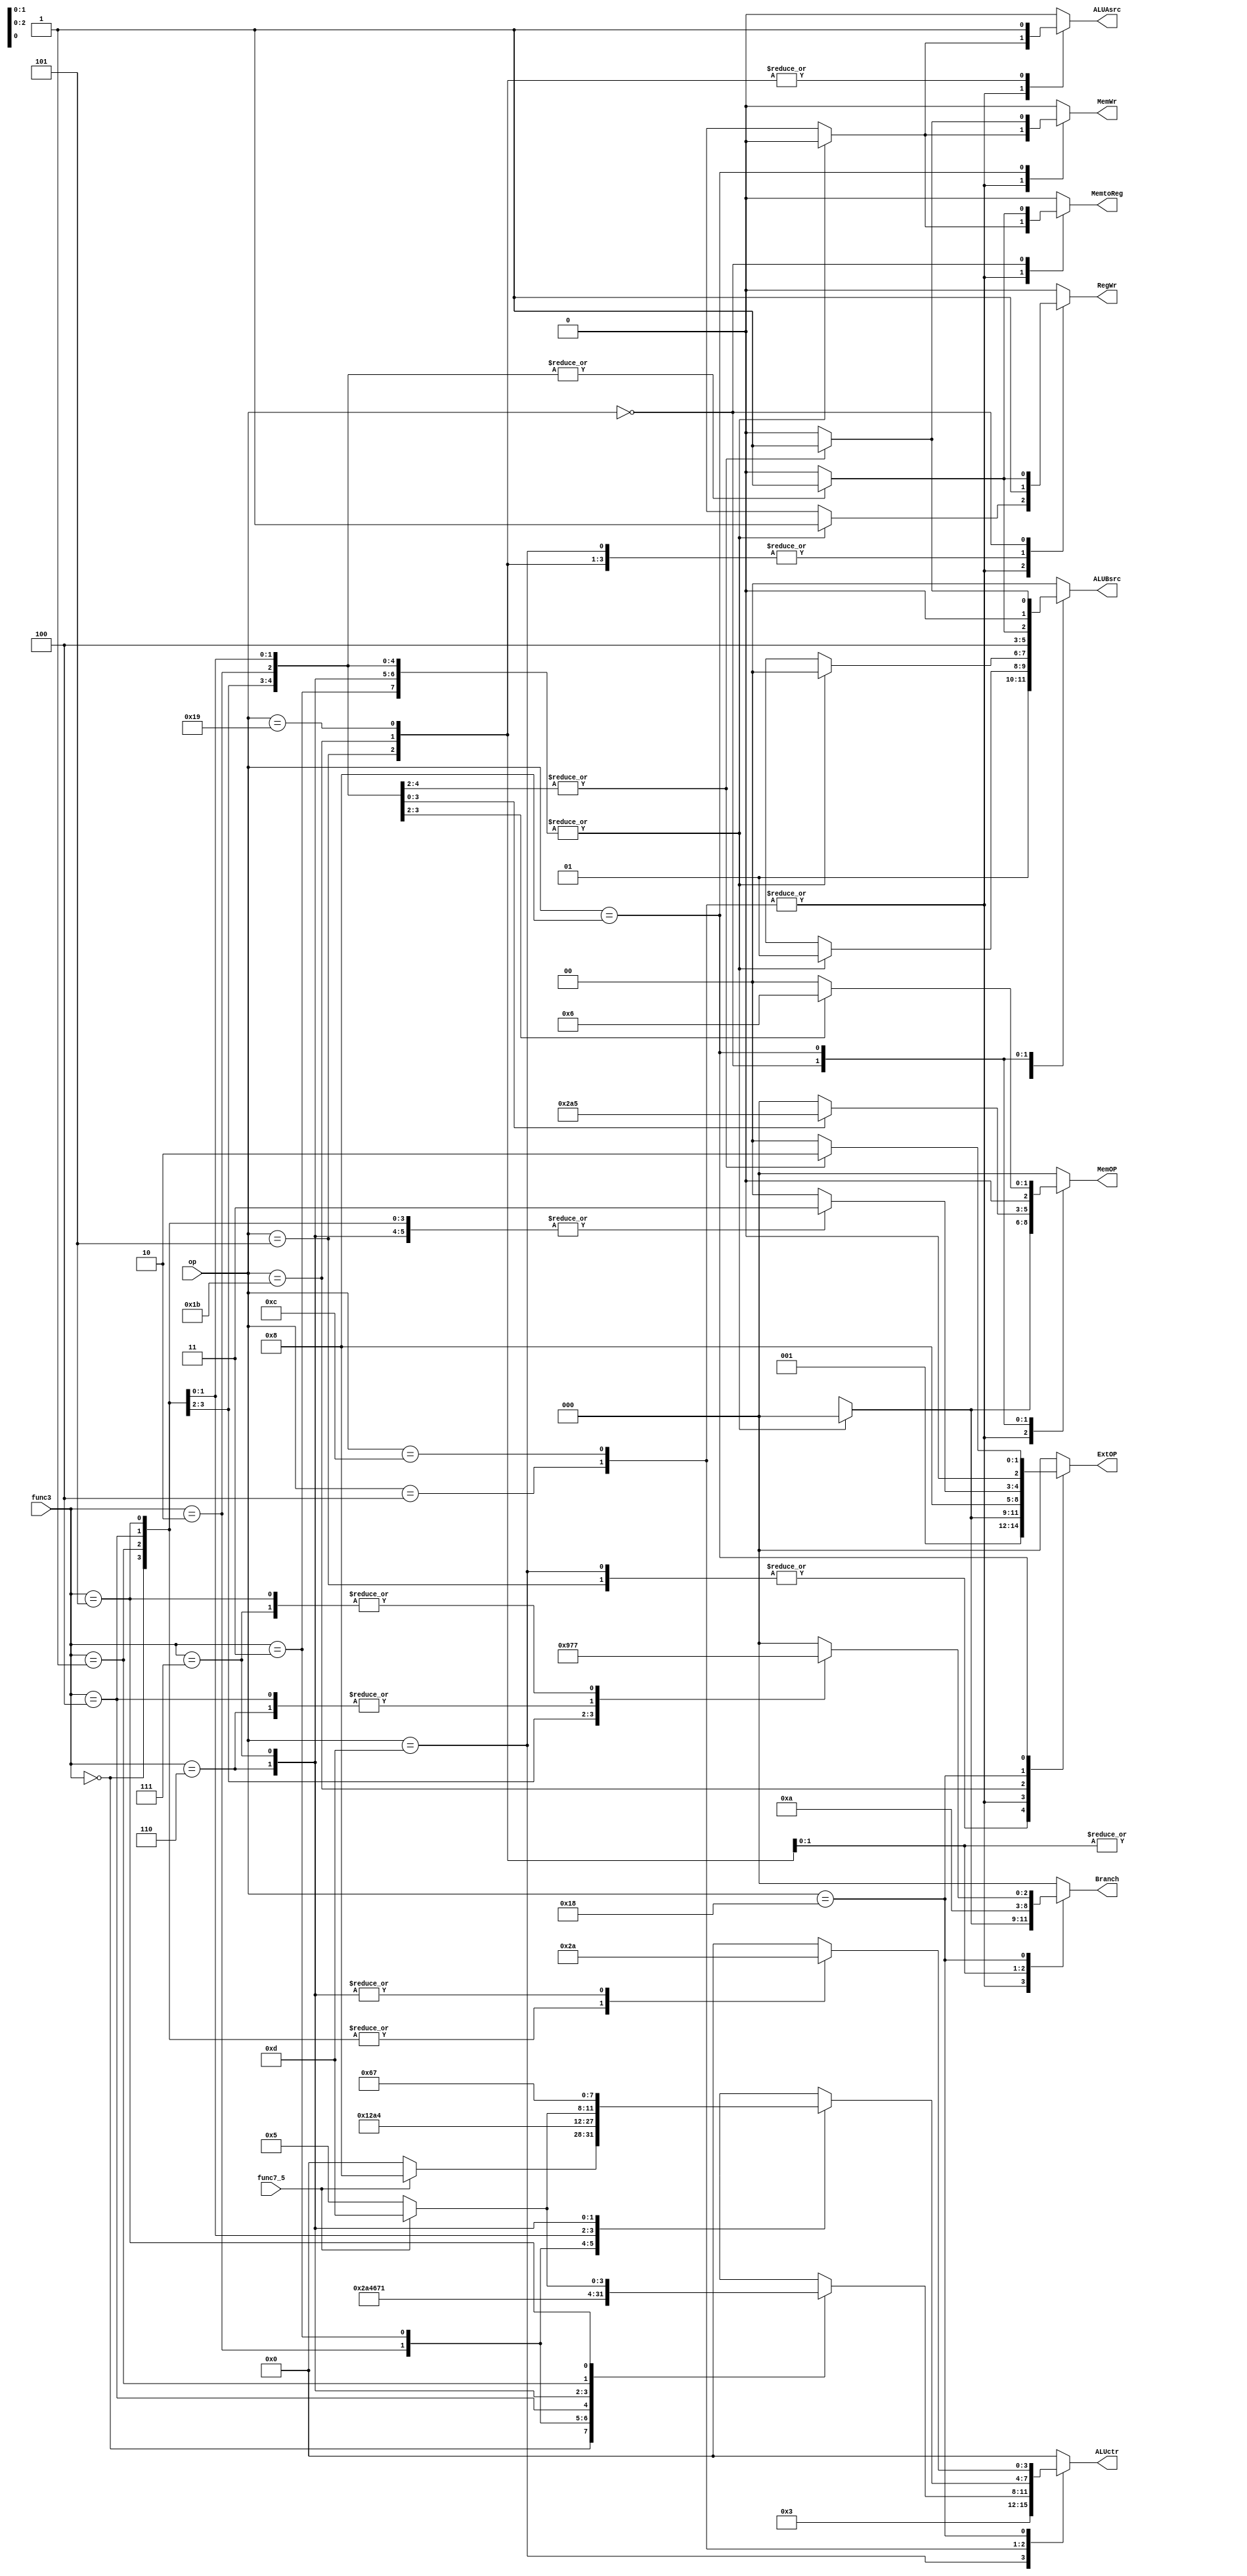
`timescale 1ns / 1ps
//////////////////////////////////////////////////////////////////////////////////
// Company: 
// Engineer: 
// 
// Design Name: 
// Module Name: control
// Project Name: 
// Target Devices: 
// Tool Versions: 
// Description: 
// 
// Dependencies: 
// 
// Revision:
// Revision 0.01 - File Created
// Additional Comments:
// 
//////////////////////////////////////////////////////////////////////////////////


module control(
    input [4:0]op,
    input [2:0]func3,
    input func7_5,
    output reg [2:0]ExtOP,
    output reg RegWr,
    output reg [2:0]Branch,
    output reg MemtoReg,
    output reg MemWr,
    output reg [2:0]MemOP,
    output reg ALUAsrc,
    output reg[1:0]ALUBsrc,
    output reg[3:0]ALUctr
    );
    
    always @ (*)begin
        case(op)
            5'b01101:begin 
                ExtOP = 3'b001;
                RegWr = 1;
                Branch = 3'b000;
                MemtoReg = 0;
                MemWr = 0;
                MemOP = 3'b000;
                ALUAsrc = 0;
                ALUBsrc = 2'b01;
                ALUctr = 4'b0011;
            end
            5'b00101:begin 
                ExtOP = 3'b001;
                RegWr = 1;
                Branch = 3'b000;
                MemtoReg = 0;
                MemWr = 0;
                MemOP = 3'b000;
                ALUAsrc = 1;
                ALUBsrc = 2'b01;
                ALUctr = 4'b0000;
            end
            5'b00100:begin 
                case(func3)
                    3'b000:begin
                        ExtOP = 3'b000;
                        RegWr = 1;
                        Branch = 3'b000;
                        MemtoReg = 0;
                        MemWr = 0;
                        MemOP = 3'b000;
                        ALUAsrc = 0;
                        ALUBsrc = 2'b01;
                        ALUctr = 4'b0000;
                    end
                    3'b010:begin
                        ExtOP = 3'b000;
                        RegWr = 1;
                        Branch = 3'b000;
                        MemtoReg = 0;
                        MemWr = 0;
                        MemOP = 3'b000;
                        ALUAsrc = 0;
                        ALUBsrc = 2'b01;
                        ALUctr = 4'b0010;
                    end
                    3'b011:begin
                        ExtOP = 3'b000;
                        RegWr = 1;
                        Branch = 3'b000;
                        MemtoReg = 0;
                        MemWr = 0;
                        MemOP = 3'b000;
                        ALUAsrc = 0;
                        ALUBsrc = 2'b01;
                        ALUctr = 4'b1010;
                    end
                    3'b100:begin
                        ExtOP = 3'b000;
                        RegWr = 1;
                        Branch = 3'b000;
                        MemtoReg = 0;
                        MemWr = 0;
                        MemOP = 3'b000;
                        ALUAsrc = 0;
                        ALUBsrc = 2'b01;
                        ALUctr = 4'b0100;
                    end
                    3'b110:begin
                        ExtOP = 3'b000;
                        RegWr = 1;
                        Branch = 3'b000;
                        MemtoReg = 0;
                        MemWr = 0;
                        MemOP = 3'b000;
                        ALUAsrc = 0;
                        ALUBsrc = 2'b01;
                        ALUctr = 4'b0110;
                    end
                    3'b111:begin
                        ExtOP = 3'b000;
                        RegWr = 1;
                        Branch = 3'b000;
                        MemtoReg = 0;
                        MemWr = 0;
                        MemOP = 3'b000;
                        ALUAsrc = 0;
                        ALUBsrc = 2'b01;
                        ALUctr = 4'b0111;
                    end
                    3'b001:begin
                        ExtOP = 3'b000;
                        RegWr = 1;
                        Branch = 3'b000;
                        MemtoReg = 0;
                        MemWr = 0;
                        MemOP = 3'b000;
                        ALUAsrc = 0;
                        ALUBsrc = 2'b01;
                        ALUctr = 4'b0001;
                    end
                    3'b101:begin
                        ExtOP = 3'b000;
                        RegWr = 1;
                        Branch = 3'b000;
                        MemtoReg = 0;
                        MemWr = 0;
                        MemOP = 3'b000;
                        ALUAsrc = 0;
                        ALUBsrc = 2'b01;
                        ALUctr = func7_5 ? 4'b1101 : 4'b0101;
                    end
                    default: begin
                        ExtOP = 3'b000;
                        RegWr = 0;
                        Branch = 3'b000;
                        MemtoReg = 0;
                        MemWr = 0;
                        MemOP = 3'b000;
                        ALUAsrc = 0;
                        ALUBsrc = 2'b00;
                        ALUctr = 4'b0000;
                    end
                endcase 
            end
            5'b01100:begin 
                case(func3)
                    3'b000:begin
                        ExtOP = 3'b000;
                        RegWr = 1;
                        Branch = 3'b000;
                        MemtoReg = 0;
                        MemWr = 0;
                        MemOP = 3'b000;
                        ALUAsrc = 0;
                        ALUBsrc = 2'b00;
                        ALUctr = func7_5 ? 4'b1000 : 4'b0000;
                    end
                    3'b001:begin
                        ExtOP = 3'b000;
                        RegWr = 1;
                        Branch = 3'b000;
                        MemtoReg = 0;
                        MemWr = 0;
                        MemOP = 3'b000;
                        ALUAsrc = 0;
                        ALUBsrc = 2'b00;
                        ALUctr = 4'b0001;
                    end
                    3'b010:begin
                        ExtOP = 3'b000;
                        RegWr = 1;
                        Branch = 3'b000;
                        MemtoReg = 0;
                        MemWr = 0;
                        MemOP = 3'b000;
                        ALUAsrc = 0;
                        ALUBsrc = 2'b00;
                        ALUctr = 4'b0010;
                    end
                    3'b011:begin
                        ExtOP = 3'b000;
                        RegWr = 1;
                        Branch = 3'b000;
                        MemtoReg = 0;
                        MemWr = 0;
                        MemOP = 3'b000;
                        ALUAsrc = 0;
                        ALUBsrc = 2'b00;
                        ALUctr = 4'b1010;
                    end
                    3'b100:begin
                        ExtOP = 3'b000;
                        RegWr = 1;
                        Branch = 3'b000;
                        MemtoReg = 0;
                        MemWr = 0;
                        MemOP = 3'b000;
                        ALUAsrc = 0;
                        ALUBsrc = 2'b00;
                        ALUctr = 4'b0100;
                    end
                    3'b101:begin
                        ExtOP = 3'b000;
                        RegWr = 1;
                        Branch = 3'b000;
                        MemtoReg = 0;
                        MemWr = 0;
                        MemOP = 3'b000;
                        ALUAsrc = 0;
                        ALUBsrc = 2'b00;
                        ALUctr = func7_5 ? 4'b1101 : 4'b0101;
                    end
                    3'b110:begin
                        ExtOP = 3'b000;
                        RegWr = 1;
                        Branch = 3'b000;
                        MemtoReg = 0;
                        MemWr = 0;
                        MemOP = 3'b000;
                        ALUAsrc = 0;
                        ALUBsrc = 2'b00;
                        ALUctr = 4'b0110;
                    end
                    3'b111:begin
                        ExtOP = 3'b000;
                        RegWr = 1;
                        Branch = 3'b000;
                        MemtoReg = 0;
                        MemWr = 0;
                        MemOP = 3'b000;
                        ALUAsrc = 0;
                        ALUBsrc = 2'b00;
                        ALUctr = 4'b0111;
                    end
                    default:begin
                        ExtOP = 3'b000;
                        RegWr = 0;
                        Branch = 3'b000;
                        MemtoReg = 0;
                        MemWr = 0;
                        MemOP = 3'b000;
                        ALUAsrc = 0;
                        ALUBsrc = 2'b00;
                        ALUctr = 4'b0000;
                    end
                endcase
            end
            5'b11011:begin 
                ExtOP = 3'b100;
                RegWr = 1;
                Branch = 3'b001;
                MemtoReg = 0;
                MemWr = 0;
                MemOP = 3'b000;
                ALUAsrc = 1;
                ALUBsrc = 2'b10;
                ALUctr = 4'b0000;
            end
            5'b11001:begin 
                ExtOP = 3'b000;
                RegWr = 1;
                Branch = 3'b010;
                MemtoReg = 0;
                MemWr = 0;
                MemOP = 3'b000;
                ALUAsrc = 1;
                ALUBsrc = 2'b10;
                ALUctr = 4'b0000;
            end
            5'b11000:begin 
                case(func3)
                    3'b000: begin
                        ExtOP = 3'b011;
                        RegWr = 0;
                        Branch = 3'b100;
                        MemtoReg = 0;
                        MemWr = 0;
                        MemOP = 3'b000;
                        ALUAsrc = 0;
                        ALUBsrc = 2'b00;
                        ALUctr = 4'b0010;
                    end
                    3'b001: begin
                        ExtOP = 3'b011;
                        RegWr = 0;
                        Branch = 3'b101;
                        MemtoReg = 0;
                        MemWr = 0;
                        MemOP = 3'b000;
                        ALUAsrc = 0;
                        ALUBsrc = 2'b00;
                        ALUctr = 4'b0010;
                    end
                    3'b100: begin
                        ExtOP = 3'b011;
                        RegWr = 0;
                        Branch = 3'b110;
                        MemtoReg = 0;
                        MemWr = 0;
                        MemOP = 3'b000;
                        ALUAsrc = 0;
                        ALUBsrc = 2'b00;
                        ALUctr = 4'b0010;
                    end
                    3'b101: begin
                        ExtOP = 3'b011;
                        RegWr = 0;
                        Branch = 3'b111;
                        MemtoReg = 0;
                        MemWr = 0;
                        MemOP = 3'b000;
                        ALUAsrc = 0;
                        ALUBsrc = 2'b00;
                        ALUctr = 4'b0010;
                    end
                    3'b110: begin
                        ExtOP = 3'b011;
                        RegWr = 0;
                        Branch = 3'b110;
                        MemtoReg = 0;
                        MemWr = 0;
                        MemOP = 3'b000;
                        ALUAsrc = 0;
                        ALUBsrc = 2'b00;
                        ALUctr = 4'b1010;
                    end
                    3'b111: begin
                        ExtOP = 3'b011;
                        RegWr = 0;
                        Branch = 3'b111;
                        MemtoReg = 0;
                        MemWr = 0;
                        MemOP = 3'b000;
                        ALUAsrc = 0;
                        ALUBsrc = 2'b00;
                        ALUctr = 4'b1010;
                    end
                    default:begin
                        ExtOP = 3'b000;
                        RegWr = 0;
                        Branch = 3'b000;
                        MemtoReg = 0;
                        MemWr = 0;
                        MemOP = 3'b000;
                        ALUAsrc = 0;
                        ALUBsrc = 2'b00;
                        ALUctr = 4'b0000;
                    end
                endcase
            end
            5'b00000:begin 
                case(func3)
                    3'b000: begin
                        ExtOP = 3'b000;
                        RegWr = 1;
                        Branch = 3'b000;
                        MemtoReg = 1;
                        MemWr = 0;
                        MemOP = 3'b000;
                        ALUAsrc = 0;
                        ALUBsrc = 2'b01;
                        ALUctr = 4'b0000;
                    end
                    3'b001: begin
                        ExtOP = 3'b000;
                        RegWr = 1;
                        Branch = 3'b000;
                        MemtoReg = 1;
                        MemWr = 0;
                        MemOP = 3'b001;
                        ALUAsrc = 0;
                        ALUBsrc = 2'b01;
                        ALUctr = 4'b0000;
                    end
                    3'b010: begin
                        ExtOP = 3'b000;
                        RegWr = 1;
                        Branch = 3'b000;
                        MemtoReg = 1;
                        MemWr = 0;
                        MemOP = 3'b010;
                        ALUAsrc = 0;
                        ALUBsrc = 2'b01;
                        ALUctr = 4'b0000;
                    end
                    3'b100: begin
                        ExtOP = 3'b000;
                        RegWr = 1;
                        Branch = 3'b000;
                        MemtoReg = 1;
                        MemWr = 0;
                        MemOP = 3'b100;
                        ALUAsrc = 0;
                        ALUBsrc = 2'b01;
                        ALUctr = 4'b0000;
                    end
                    3'b101: begin
                        ExtOP = 3'b000;
                        RegWr = 1;
                        Branch = 3'b000;
                        MemtoReg = 1;
                        MemWr = 0;
                        MemOP = 3'b101;
                        ALUAsrc = 0;
                        ALUBsrc = 2'b01;
                        ALUctr = 4'b0000;
                    end
                    default:begin
                        ExtOP = 3'b000;
                        RegWr = 0;
                        Branch = 3'b000;
                        MemtoReg = 0;
                        MemWr = 0;
                        MemOP = 3'b000;
                        ALUAsrc = 0;
                        ALUBsrc = 2'b00;
                        ALUctr = 4'b0000;
                    end
                endcase
            end
            5'b01000:begin
                case(func3)
                    3'b000: begin   
                        ExtOP = 3'b010;
                        RegWr = 0;
                        Branch = 3'b000;
                        MemtoReg = 0;
                        MemWr = 1;
                        MemOP = 3'b000;
                        ALUAsrc = 0;
                        ALUBsrc = 2'b01;
                        ALUctr = 4'b0000;
                    end
                    3'b001: begin   
                        ExtOP = 3'b010;
                        RegWr = 0;
                        Branch = 3'b000;
                        MemtoReg = 0;
                        MemWr = 1;
                        MemOP = 3'b001;
                        ALUAsrc = 0;
                        ALUBsrc = 2'b01;
                        ALUctr = 4'b0000;
                    end
                    3'b010: begin   
                        ExtOP = 3'b010;
                        RegWr = 0;
                        Branch = 3'b000;
                        MemtoReg = 0;
                        MemWr = 1;
                        MemOP = 3'b010;
                        ALUAsrc = 0;
                        ALUBsrc = 2'b01;
                        ALUctr = 4'b0000;
                    end
                    default:begin
                        ExtOP = 3'b000;
                        RegWr = 0;
                        Branch = 3'b000;
                        MemtoReg = 0;
                        MemWr = 0;
                        MemOP = 3'b000;
                        ALUAsrc = 0;
                        ALUBsrc = 2'b00;
                        ALUctr = 4'b0000;
                    end
                endcase 
            end
            default:begin
                ExtOP = 3'b000;
                RegWr = 0;
                Branch = 3'b000;
                MemtoReg = 0;
                MemWr = 0;
                MemOP = 3'b000;
                ALUAsrc = 0;
                ALUBsrc = 2'b00;
                ALUctr = 4'b0000;
            end
        endcase
    end
endmodule